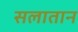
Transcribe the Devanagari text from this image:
सलातान